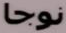
نوجا